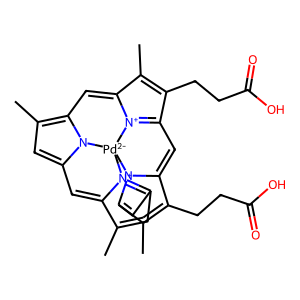
SMILES: CC1=CC2=[N+]3C1=Cc1cc(C)c4n1[Pd-2]31n3c(c(C)c(CCC(=O)O)c3=CC3=[N+]1C(=C4)C(C)=C3CCC(=O)O)=C2
Inhibits HIV replication: No